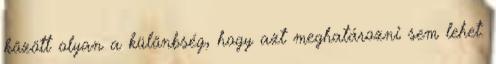
között olyan a különbség, hogy azt meghatározni sem lehet.